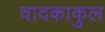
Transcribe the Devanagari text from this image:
वादकाकुल